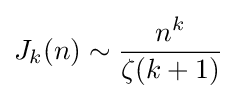
J_{k}(n)\sim {\frac {n^{k}}{\zeta (k+1)}}